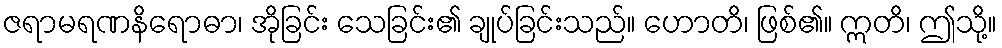
ဇရာမရဏနိရောဓာ၊ အိုခြင်း သေခြင်း၏ ချုပ်ခြင်းသည်။ ဟောတိ၊ ဖြစ်၏။ ဣတိ၊ ဤသို့။